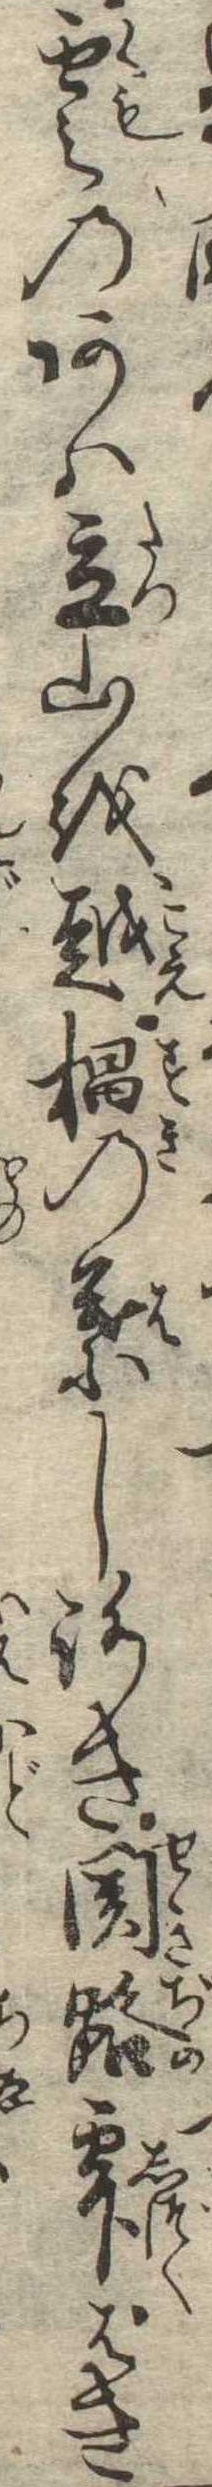
雲のあは立山を越杉の葉しろき関路雫はき